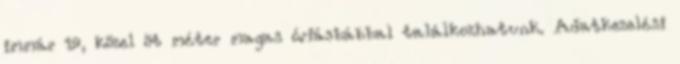
immár 19, közel öt méter magas óriásbábbal találkozhatunk. Adatkezelési